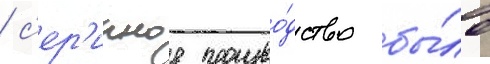
/ с'ер'ииное произво́дство бы́ло